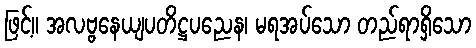
ဖြင့်။ အလဗ္ဗနေယျပတိဋ္ဌပညေန၊ မရအပ်သော တည်ရာရှိသော